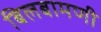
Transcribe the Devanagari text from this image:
बिलबामणी